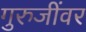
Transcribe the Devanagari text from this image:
गुरुजींवर